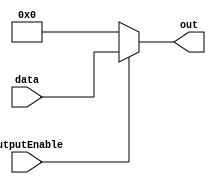
module outputController (outputEnable, data, out);
	input outputEnable;
	input [31:0] data;
	output reg [31:0] out;
	
	always @ (*) begin
		if(outputEnable)
			out = data;
		else 
			out = 0;
	end
endmodule